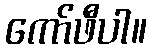
ကော်ဖီပါ။